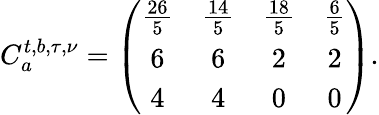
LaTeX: C_{a}^{t,b,\tau,\nu}=\left(\begin{array}{cccc}{{{\frac{26}{5}}}}&{{{\frac{14}{5}}}}&{{{\frac{18}{5}}}}&{{{\frac{6}{5}}}}\\ {{6}}&{{6}}&{{2}}&{{2}}\\ {{4}}&{{4}}&{{0}}&{{0}}\end{array}\right).